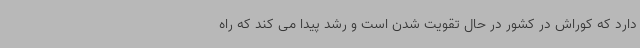
دارد که کوراش در کشور در حال تقویت شدن است و رشد پیدا می کند که راه